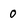
Character: 0